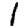
Digit: 1